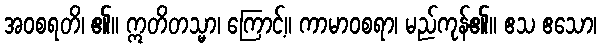
အဝစရတိ၊ ၏။ ဣတိတသ္မာ၊ ကြောင့်။ ကာမာဝစရာ၊ မည်ကုန်၏။ ဧသ ဧသော၊